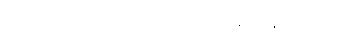
ဗျောသံတို့အကြားမှ နှဲကြီးက တတိတတိနှင့် ချွဲနွဲ့ စပြုလာ၏။